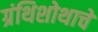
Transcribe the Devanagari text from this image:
ग्रंथिशोथाचे